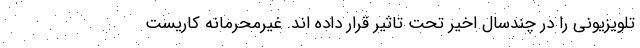
تلویزیونی را در چندسال اخیر تحت تاثیر قرار داده اند. غیرمحرمانه کاریست